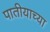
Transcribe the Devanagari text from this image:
पातीयाच्या